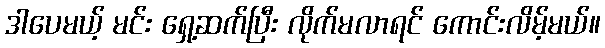
ဒါပေမယ့် မင်း ရှေ့ဆက်ပြီး လိုက်မလာရင် ကောင်းလိမ့်မယ်။